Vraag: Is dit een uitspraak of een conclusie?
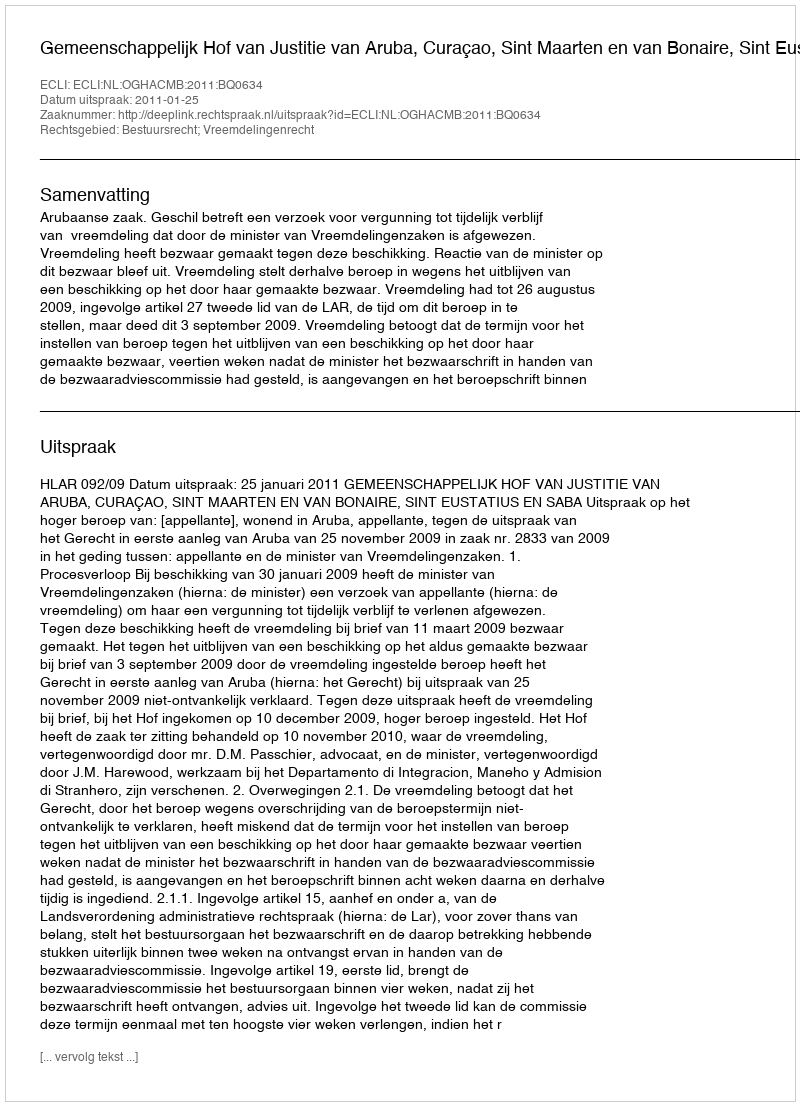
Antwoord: Uitspraak